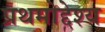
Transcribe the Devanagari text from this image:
प्रथमोद्देश्य